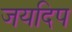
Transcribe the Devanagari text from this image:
जयदिप